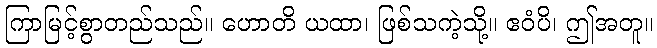
ကြာမြင့်စွာတည်သည်။ ဟောတိ ယထာ၊ ဖြစ်သကဲ့သို့။ ဧဝံပိ၊ ဤအတူ။